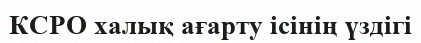
КСРО халық ағарту ісінің үздігі